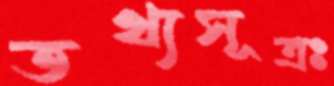
তথ্যসূত্রঃ